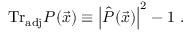
\mathrm { T r } _ { \mathrm { a d j } } P ( { \vec { x } } ) \equiv \left| { \hat { P } } ( { \vec { x } } ) \right| ^ { 2 } - 1 ~ .